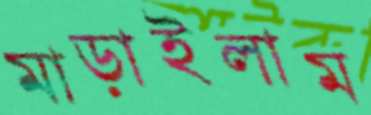
মাড়াইলাম